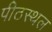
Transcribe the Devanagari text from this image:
पीठस्थल